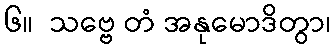
၆။  သဗ္ဗေ တံ အနုမောဒိတွာ၊